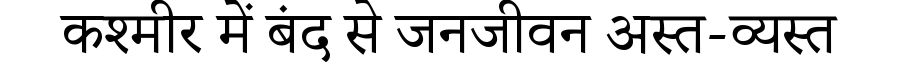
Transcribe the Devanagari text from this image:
कश्मीर में बंद से जनजीवन अस्त-व्यस्त